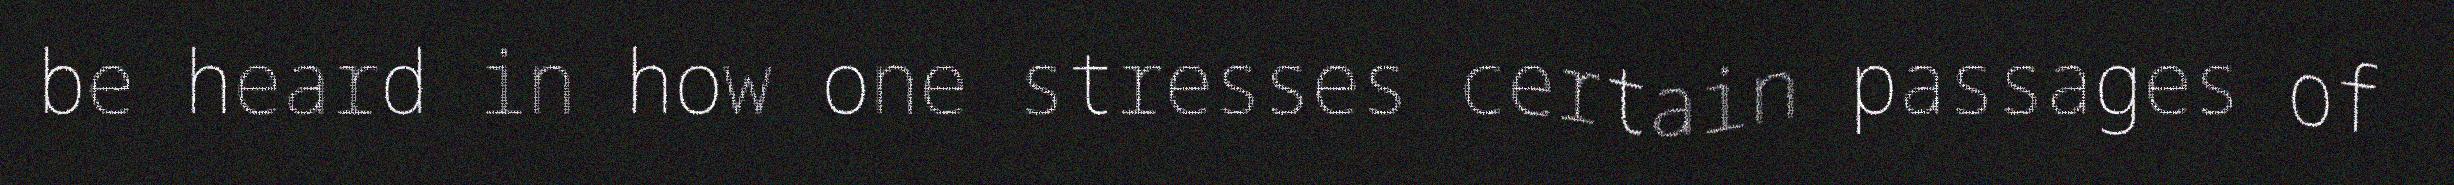
be heard in how one stresses certain passages of